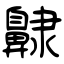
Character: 齂